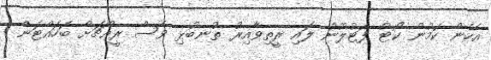
އެހެން ކަމުން ކޯޓު ފަޓުލޫނު ލައި ރީތިވާއިރު ތުނބުޅި ވެސް ރީއްޗަށް ބަހައްޓަން